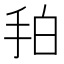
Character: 𢫗